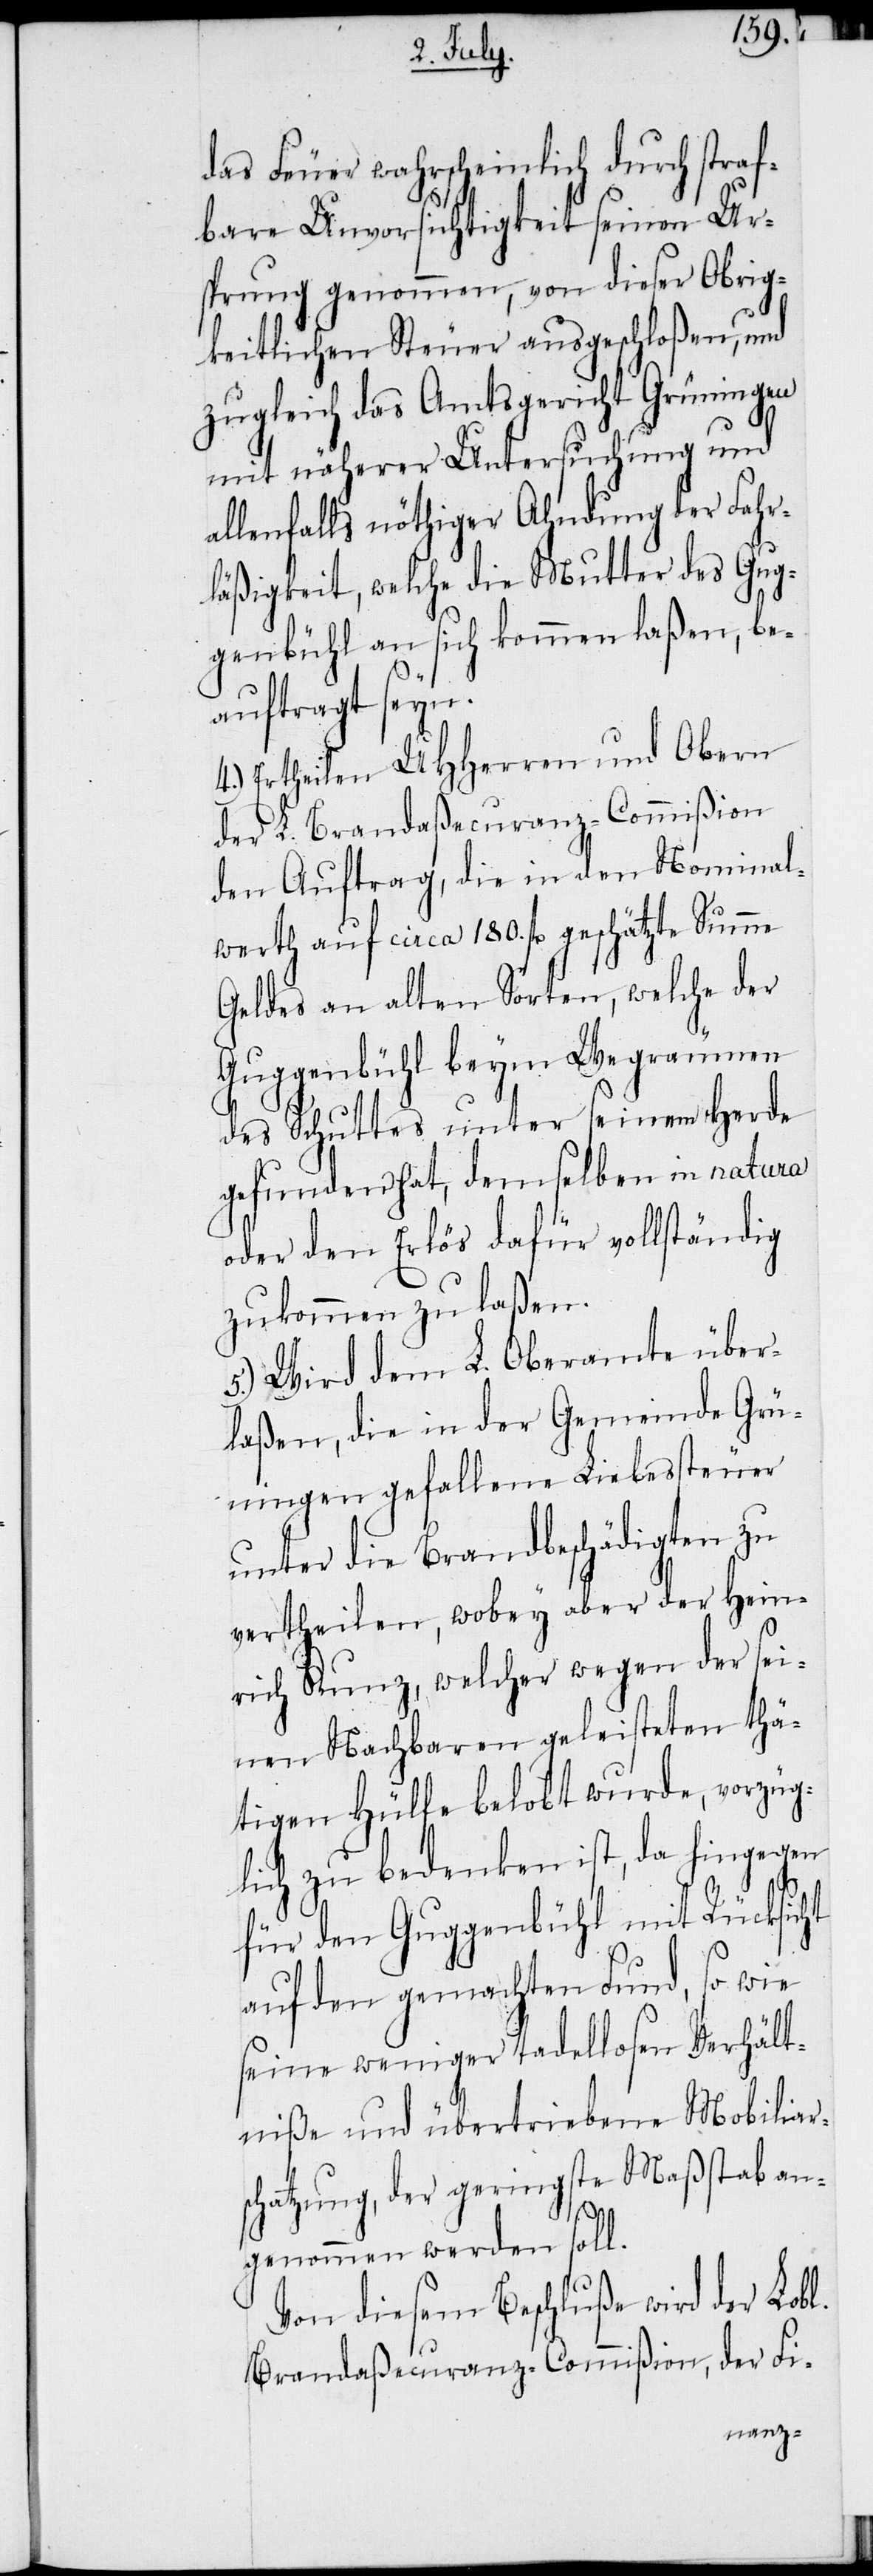
das Feuer wahrscheinlich durch straf¬
bare Unvorsichtigkeit seinen Ur¬
sprung genommen, von dieser Obrig¬
keitlichen Steuer ausgeschloßen, und
zugleich das Amtsgericht Grüningen
mit näherer Untersuchung und
allenfalls nöthiger Ahndung der Fahr¬
läßigkeit, welche die Mutter des Gug¬
genbühl an sich kommen laßen, be¬
auftragt seyn.
Ertheilen UHHerren und Obern
der L. Brandaßecuranz-Commißion
den Auftrag, die in den Nominal¬
werth auf circa 180. fl geschätzte Summe
Geldes an alten Sorten, welche der
Guggenbühl beym Wegräumen
des Schuttes unter seinem Herde
gefunden hat, demselben in natura
oder den Erlös dafür vollständig
zukommen zu laßen.
5.) Wird dem L. Oberamte über¬
laßen, die in der Gemeinde Grü¬
ningen gefallene Liebessteuer
unter die Brandbeschädigten zu
vertheilen, wobey aber der Hein¬
rich Kunz, welcher wegen der sei¬
nen Nachbaren geleisteten thä¬
tigen Hülfe belobt wurde, vorzüg¬
lich zu bedenken ist, da hingegen
für den Guggenbühl mit Rücksicht
auf den gemachten Fund, so wie
seine weniger tadellosen Verhält¬
niße und übertriebene Mobiliar¬
schatzung, der geringste Maßstab an¬
4.)
genommen werden soll.
Von diesem Beschluße wird der Lobl.
Brandaßecuranz-Commißion, der Fi-